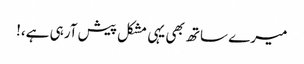
میرے ساتھ بھی یہی مشکل پیش آرہی ہے،!